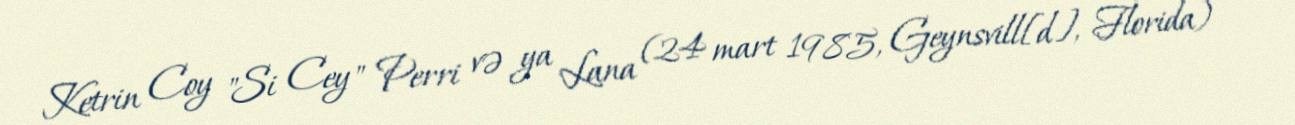
Ketrin Coy "Si Cey" Perri və ya Lana (24 mart 1985, Geynsvill[d], Florida) —